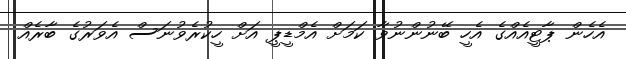
އެހެން ޕާޓީއެއްގެ އެހީ ބޭނުންނުވާ ކަމަށް އެމްޑީޕީ އަށް ހީކުރެވުނަސް އެވަރުގެ ބާރެއް